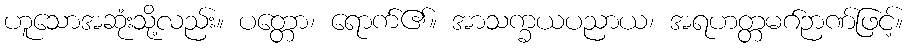
ဟူသောအဆုံးသို့လည်း။ ပတ္တော၊ ရောက်၏။ အာသက္ခယပညာယ၊ အရဟတ္တမဂ်ဉာဏ်ဖြင့်။